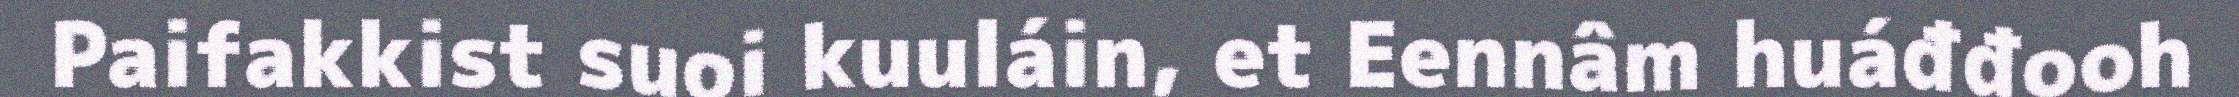
Paifakkist suoi kuuláin, et Eennâm huáđđooh